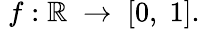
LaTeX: \; f:\mathbb{R}\; \rightarrow\; [0,\; 1].